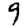
Digit: 9